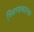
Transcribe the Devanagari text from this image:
स्निग्घकारक